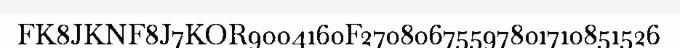
FK8JKNF8J7KOR9004160F27080675597801710851526